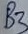
Text: B3